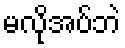
မလိုအပ်ဘဲ